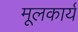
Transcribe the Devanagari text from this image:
मूलकार्य